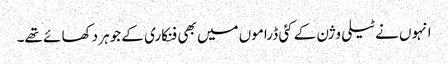
انہوں نے ٹیلی وژن کے کئی ڈراموں میں بھی فنکاری کے جوہر دکھا ئے تھے۔